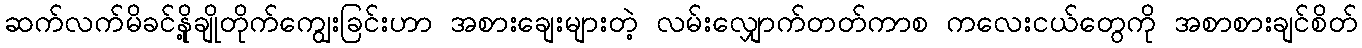
ဆက်လက်မိခင်နို့ချိုတိုက်ကျွေးခြင်းဟာ အစားချေးများတဲ့ လမ်းလျှောက်တတ်ကာစ ကလေးငယ်တွေကို အစာစားချင်စိတ်